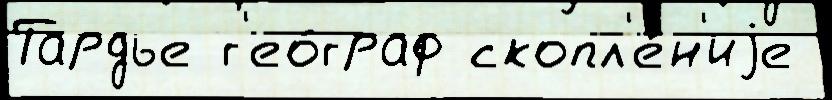
Тардье г'ео́граф скопл'е́н'иjе